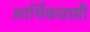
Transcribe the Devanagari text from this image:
आर्थिकप्राप्ती